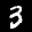
Label: 3